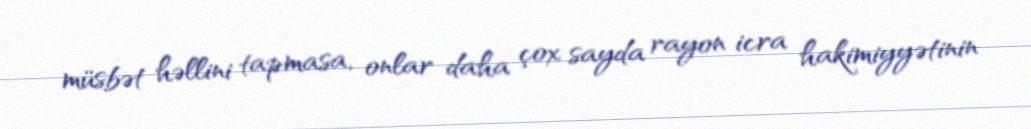
müsbət həllini tapmasa, onlar daha çox sayda rayon icra hakimiyyətinin